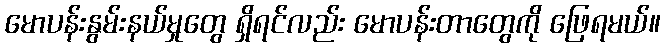
မောပန်းနွမ်းနယ်မှုတွေ ရှိရင်လည်း မောပန်းတာတွေကို ဖြေရမယ်။